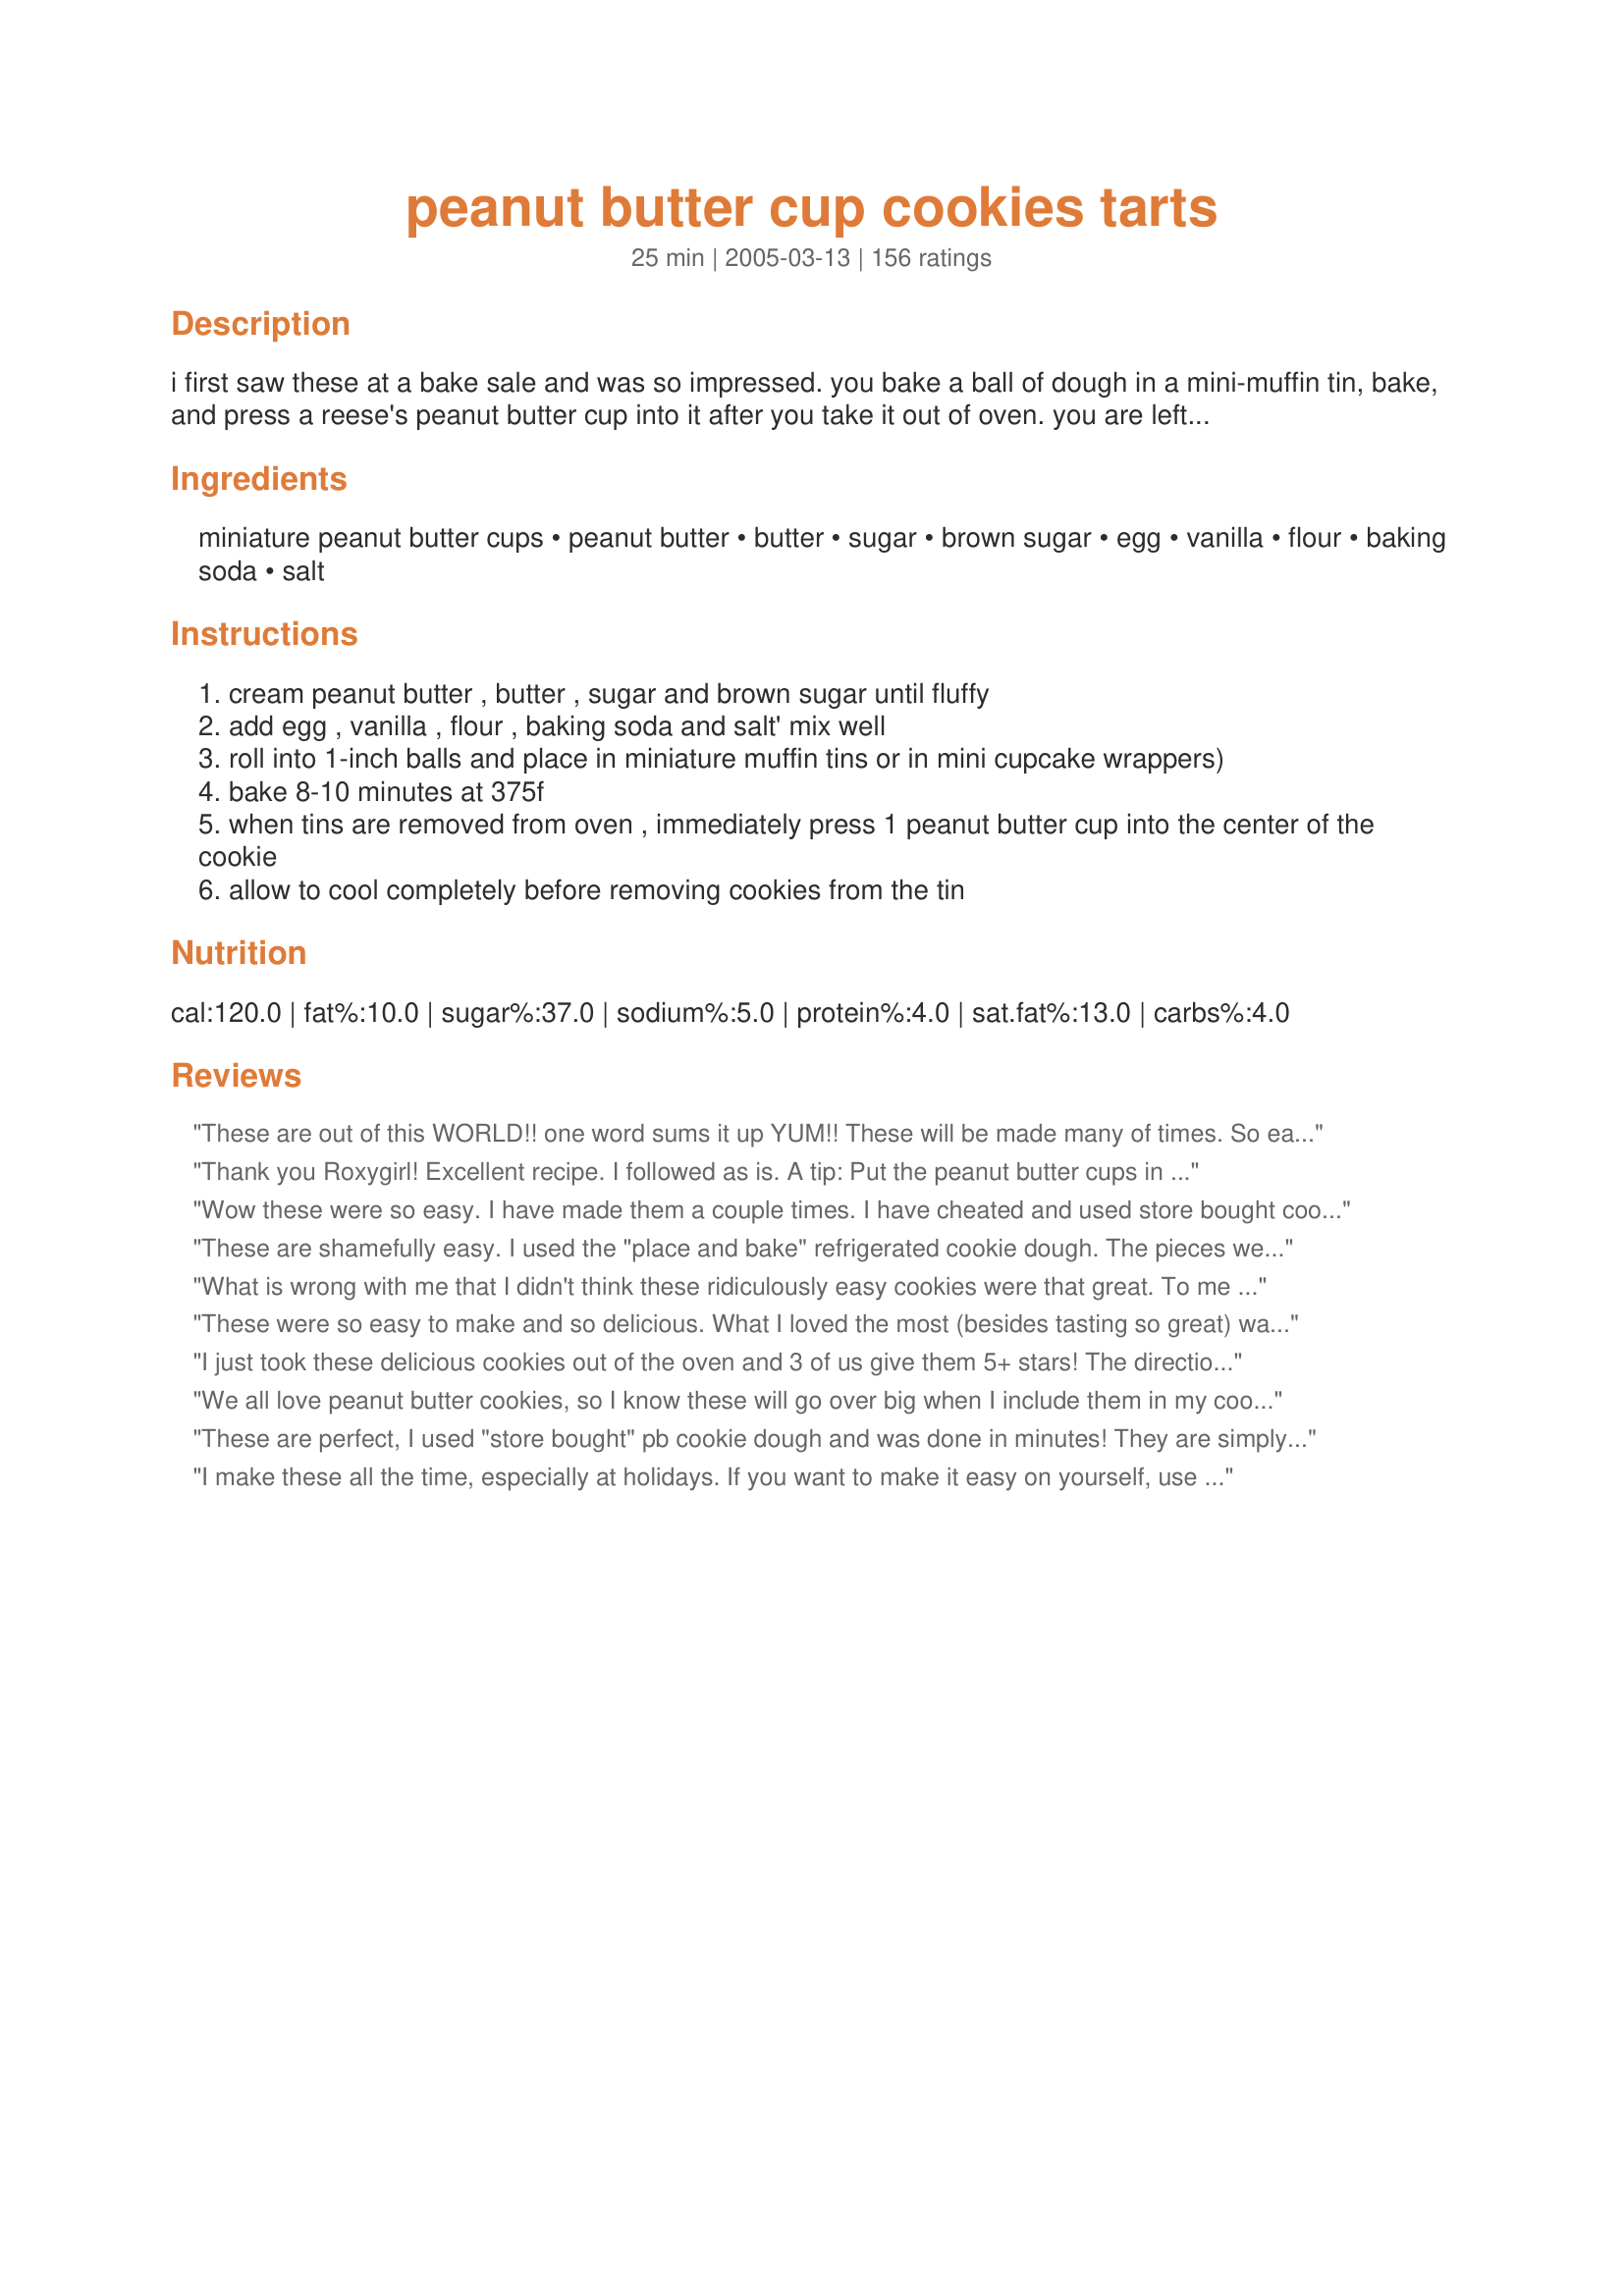
peanut butter cup cookies tarts
Preparation time: 25 minutes

i first saw these at a bake sale and was so impressed. you bake a ball of dough in a mini-muffin tin, bake, and press a reese's peanut butter cup into it after you take it out of oven. you are left with a picture-perfect tart, receiving "oohs and aahs" and "how did you do it?" you could even use the refrigerated sugar/peanut butter cookie dough too.

Ingredients:
miniature peanut butter cups, peanut butter, butter, sugar, brown sugar, egg, vanilla, flour, baking soda, salt

Steps:
cream peanut butter , butter , sugar and brown sugar until fluffy
add egg , vanilla , flour , baking soda and salt' mix well
roll into 1-inch balls and place in miniature muffin tins or in mini cupcake wrappers)
bake 8-10 minutes at 375f
when tins are removed from oven , immediately press 1 peanut butter cup into the center of the cookie
allow to cool completely before removing cookies from the tin

Reviews:
These are out of this WORLD!! one word sums it up YUM!! These will be made many of times. So easy to make and so DELICIOUS!! Thanks so much for sharing the recipe Roxygirl :)
Thank you Roxygirl! Excellent recipe. I followed as is. A tip: Put the peanut butter cups in the freezer about 1 hour before dropping them into the baked cookie dough. They will hold their shape perfectly.
Wow these were so easy. I have made them a couple times. I have cheated and used store bought cookie dough and it works great too.
These are shamefully easy. I used the "place and bake" refrigerated cookie dough. The pieces went straight from the package into the muffin tin--no rolling into balls or anything! And one package of dough exactly filled my 24 cup mini-muffin pan. I think it took longer for the oven to heat up than it did for anything else. This is a great recipe for those times when you need to make a LOT of cookies. They are extremely fast and easy!
What is wrong with me that I didn't think these ridiculously easy cookies were that great. To me they just seemed like a waste of yummy peanut butter cups. I think I expected them to blend into the dough more, and be transformed from a piece of candy to a cookie. To me it was just a peanut butter cup surrounded with a little bit of cookie. I took a recommendation to use refrigerated cookie dough, so the preparation of these little sweets didn't take more than 15 minutes...and that's a plus. My kids didn't think they were all that great either, just tasting one each without the ohhhs and ahhhhs I had hoped for.

These were so easy to make and so delicious. What I loved the most (besides tasting so great) was how easy they were and how nicely they turned out. I did manage to get about 4 dozen out of this recipe, and one bag of reese's wasn't quite enough (if anyone is wondering how much to buy.) I will definitely be making these again and again.
I just took these delicious cookies out of the oven and 3 of us give them 5+ stars! The directions are easy to follow and the cookies smell, look and taste wonderful. I know I will make this often, thanks for sharing your amazing recipe.
We all love peanut butter cookies, so I know these will go over big when I include them in my cookie tins for the family this year. These are so simple to make and just plain delicious! I added in a peanut M&M into the centers of each one as soon as I took them out of the oven while the peanut buttercup was hot. They look so cute and ready to eat!
These are perfect, I used "store bought" pb cookie dough and was done in minutes! They are simply delicious! Thanks for the great recipe- it's definately a keeper.
I make these all the time, especially at holidays.

If you want to make it easy on yourself, use that small scoop and buy the Pillsbury bucket of dough at Sam's club! They come out AWESOME!

Everyone loves these cookies.
These couldn't be much faster or easier to make. I used my cookie scooper thingy so that all the balls would be the same size. My scoop is probably 1 1/2 inches instead of the 1 inch called for, so the recipe made 24 tarts for me. I did half with the mini p.b. cups and half with Dove milk choc. squares. I wish I had also bought some Hershey's caramel kisses, I think they would be great in this cookie. Will make these for holidays and pot lucks at work. Thanks for a great recipe, we all loved them.
We have a work meeting at 9am tomorrow so to make it fun, we all decided to have a bake-off. I just finished baking 2 dozen of these and obviously had to try one. I'm going to win this bake-off for sure. So cute and delicious. And SIMPLE!!!!!! Even from scratch, it was so quick and easy to make.
i don't know what else i could say about these wonderful little bites of heaven, but here i go. first of all, the dough was very easy to make,but as some of the other posters stated the dough was a little moist so i chilled it for about half an hour,and it worked just fine.i think i might have made the cookie dough balls just a little smaller than i was supposed to, because i ended up with half a dozen more tarts that what the recipe stated. the baking time was right on the money.if any one is interested a 9.2 ounce bag contains 34 mini reese's cups.this will be on my cookie trays for christmas.thank you for posting.
These brightened up our Easter holiday. I used mini paper liners, but stuck them in regular muffin tins while baking--worked just fine. Their delicate look fools adults to indulge as well--it's only one cute little tart....
These are great! My dough was a little crumbly -I added too much flour. They were still absolutely delicious! They are so cute when you pop them out of the tin. I love that these are so easy and still a little bit special. A+ for any peanut butter lovers out there.
My mother has been making these with her Christmas cookies for years - they are wonderful! This is a great recipe.
5 stars for how easy these are! They turned out awesome. I drizzled some melted chocolate on top just to "hide" the peanut butter cup. SUPER EASY!!!
I used to work in a bakery. I have made hundreds of these they are great. These are also nice on Holiday cookie trays also. They freezes well too, cover and use what you need. Simple to make.
I have baked these before with my mom's recipe. But for some reason with this recipe, the cookies baked perfect onthe top and pretty brown on the bottom. They were still good though. Thanks for sharing!
Thanks Roxygirl! These really tasted the bomb! Perfect for party's and I loved the flavoring in the cookie part. Fun to eat to!:)
Cricket*
These are so good, I make them all the time but what I do is buy a roll of pillsbury chocolate chip cookie dough, cut off enough to fit in the tin, bake that for 12 minutes and then put the peanut butter cup or sometimes a hershey kiss on top and wala done.. Great recipe..
:)
These were super easy and delicious! I used the refrigerated dough to cut down on time and followed all the directions! PERFECT!
These were tasty, but I had the hardest time with them. Tip: don't use natural peanut butter in these, or you will never get it right. The batter never gets to the point where you can roll it into balls, and they need about 15 minutes to cook through due to the additional oil in natural peanut butter. They also break apart when you try and remove them, and I ended up having to waste about 1/4 of them. I got at least 50 cookies out of the recipe. But, other than that, they were great. I will make these again using regular peanut butter. Thanks!!
Just when you thought there was nothing better than a peanut butter cup...surround it with a little cup of heaven! YUM! A double recipe made 100 tarts for me, and mine were done after cooking five minutes.
Were these ever fun to make. What a great idea, they look so cute on the plate. I found that the cookie part cooked in exactly 8 minutes, you dont want to over cook these tasty lil gems because they have to sit in the pan to cool. The cookie scoop idea worked great. I dont know who had more fun making these me or the kids! Thanks Roxy for another great recipe.
This is a definite 10 star cookie for me! I did it exactly like it said and they turned out great. I added reeses pieces on the top and they looked professional! I also use the dough for plain ol' peanut butter cookies. The cookies turned out great and stayed soft for days (not that they were around for very long).
What a fun recipe!
I made it as posted except for I did not add the salt because I did not have unsalted butter. They came out perfectly...they looked wonderful and got rave reviews! They look like they take a lot of work but the hardest part really is unwrapping all the candies and not eating some as you do it! The cookie dough alone is really good too. I had some dough left over on my second batch when I ran out of candies and I just made regular peanut butter cookies with it and they tasted good too! I got 36 out of each batch. Great recipe! Thanks Roxy!
These are great and add me to the list of cheaters who use a ready made cookie mix. (You just prepare the cookies according to the instructions on the box.) These froze very well for me over the holiday season as well.
I use this recipe for our Relay for Life fundraiser and it is a big hit. I do like to put the pan in the freezer to cool them so they set up and pop right out.
OMG, Girl, these things have got to be the most addictive cookies known to man! I can't believe how easy they are ... I followed your directions and got the prettiest little doodads you ever saw! And, what a yummie taste! Simply delicious! Thanks, Roxy, this winner is definitely worth a ton of *'s! Laudee
SO SO YUMMY!!! I used to work in a bakery. We made this at Christmas time. Always had customers wondering how we did it. We also made them chocolate cookie dough and peppermint patties. We would break peppermint star candies and add to top of cookie to decorate. Nice little surprises addded to the cookie tray. Thank you so much for sharing.
These are sooo wonderful but I didn't get 4 dozen - maybe I rolled them too big? After mixing the dough I chilled it for about an hour which made it a little less sticky when rolling into balls. My muffin tins are non-stick so I didn't need paper liners. These will go quickly at our bake sale. Thanks Roxygirl!!
I tippled the recipe and made for a bake sale and they were the first to go. They just look so cute, not to mention the taste. After baking the first tray in the oven, I realized I had forgotten the egg, they still turned out good and I just added it to the remaining dough. So a very forgiving recipe too!
Simply perfect, first thing to go on a cookie tray. Easy impressive cookie. Will make again.
Couldn't resist after seeing the picture today. I used refrigerated dough. Delish!!!!!!!!!!!!!!
These were snached off my Christmas dessert table by everyone there! The kids and adults went for these big time! I will be making again, and I may use the already prepared peanut butter cookies in place of the homemade cookie dough if I am in a hurry. We loved these!
There is no question in my mind why these little babies got 5 stars! They were so simple to make and absolutely divine. I baked the first batch for 10 minutes because they looked really gooey at 9, but then after they sat in the pan to cool, they were a tad over-baked for me. My second batch only went for 8 minutes, and that was plenty for my liking. These were so great right out of the pan...I think I'm going to go eat one now!
This was really fun to make with kids. We even mixed it up with hershey kisses and rolos as well as the peanut butter cups, they were great! thanks for the recipe.
Very good,soft cookie-tart.That is a unique way to make them.First time I made them ,they turned out beautiful.It only made 24 for me,but I had all ready eaten about 6 peanut butter cups anyway.Thanks Roxy-










Easy to make. Fun for the kids!
absolute hit! they are DEFINITELY a favorite and i have a feeling i will be making them for a looong time :)
I have eaten these at a meeting I attended and they were delicious. I made them when I got home and they were still great. Sooooo easy. After reading some of the reviews I have decided 350 is the best temp for them.
Delicious and cute, too! Once the kids found them at the church function, they were gone. I did short-cut once due to lack of time and used store bought sugar cookie dough. They were good, but I liked yours better. I plan to play with this recipe. Chocolate chip dough should be delicious! Thanks for this great recipe Roxygirl!
If you love peanut butte you will loooove this recipe! I made this for a bunch of girls at my jewelery party and they loved it and were asking for the recipe, very good. Thanks!
Everyone was right! These were fabulous, easy to make, and addicting. Thank you! I was a hit at the Christmas cookie exchange this year. 

Winston Salem, NC
Made these for my cookie trays this year. So easy and delicious! Ann
Perfect!
These are WONDERFUL! I will Be making these again! My kids could'nt keep their fingers off of them!
These are so simple and so cute. I know a funny thing to say but they are,. Taste great and look wonderful on a cookie tray. Thanks for sharing.
I cheated, used brownie mix. Baked in mini paper lined tins. My husband flipped~~~ he never likes anything chocolate but loved these. Will be making them again!!!!!!
mmmm, so yummy and so cute. I actually used a mix for the peanut butter cookies cause that's what I had. They turned out SOOOO pretty too. Thank you so much these will definitely be made again at my house!
Outstanding treats. Super easy to make and don't take any time at all. My boyfriend is going to absolutely love these for Christmas! Thank you sooo much!
I haven't actually tried the finished product as yet, since I made them for Bible Study this coming Wednesday, but I did try the dough and it was yummy! I got exactly 3 dozen out of this. For most of the cookies, I used Planters peanut butter cups (which are better than Reeses if you can believe it!), they are a bit bigger than the Reese ones, but this still worked out and they look great! I can't wait to try them! Thanks for a great, and easy recipe!
Extra easy and tasty! A favourite and a keeper.
I love making these during the holidays. And to make them more festive I roll them in red or green sugar crystals before baking. These are simple and delicious!
These delicious little gems are oh so fabulous! Very easy to make and we all couldn't stop eating them. This one is a real keeper in my recipe file. Just doesn't get any better than this!
Possibly the only way to describe theese is HEAVEN ON EARTH!! I can't stop eating them! soooo good with a cold glass of milk! I will be sure to put some of them out for Santa this year (if there are any left.)
I've made these several times now and everyone loves them. Thanks so much for sharing the recipe.
Wow, what a fun cookie. DS needed two dozen cookies to take to his football practice and I chose your recipe. These didn't last long, they were the first cookie to be gone out of probably 20 different types. I love how easy they are to make and they are too cute. thank youf or sharing with us.
I went out and bought a mini muffin pan just to make these and I was not disappointed!! They are so good and I had to hide them from my DH just to get him to stay out of them while they were cooling! They are incredibly simple, but look and taste wonderful! Thank you for sharing my fellow "Lucy fan!" We'll be enjoying these often! ~Vitameatavegamin Girl =)
I tried it and these are phenomenal!!! It's an excellent recipe in that I forgot to add the salt and it still turned out great. I did add salt to the remaining dough and even more delicious. I had one right out of the oven (couldn't resist) and it was gooey and oh so tasty. I let them cool per the directions and delicious. I had one this morning for breafkast and heaven. I bought reese's cups and dove milk chocolate almond miniature bars. Really the possibilities are endless! Thanks so much posting.
Well, I have to tell you these little gems were a HUGE HIT at my niece's senior college music recital. We had over 125 students, parents and guests that devoured these lovely, delicious, easy to make cookie tarts! I will definately be making these again. One girl commented, "These are the best cookies I have ever eaten! I think that says it all :) Thanks so much for sharing this quick, delicious cookie tart for my recipe collection Roxy!

Linda
My first batch still got semi-burned at eight minutes bake time (the tops looked great it was the sides in the muffin pan that got over baked). Anyway, I adjusted the temp which worked out. I took the pieces that didn't look too bad to work and they got gobbled up in minutes. I Thank you for sharing. Still learning! I just wanted to tell you that I think I found my problem. I was watching the Elton Brown Good Eats show the other week and he was talking about baking pans. He made a comment that the color of the pans will affect the baking time ... the pans I used are a dark gray ... absorbs the heat faster ... thus my over baked cookies. Ran out of reeses ... substituted by pressing about 6 semi-sweet choco chips in each :D
absolutely the easiest impressive little tart in the world. Even my friends who don't like peanut butter love these. Also excellent with mini Rolos. Great recipe. Thanks
Oh, my!!! YUMMY!!! I didn't have peanut butter cups, so I just stuck some chocolate chips and peanut butter chips in the middle. Super good! I made them for our Halloween Carnival bake sale! My recipe made exactly 3 dozen and cooked for 8 minutes.
HO-LY COW. These are going in my XMas cookie tins this year for sure. I can't keep these out of my face! 
At the cookie place in our mall, they sell the "normal" size peanut butter cup version of these for nearly $4.00 a piece!
Thank you so much for this one.
These were such a huge hit!! The hardest part about this recipe is waiting till they've cooled down to get them out of the pan so you can eat them!
I make these every Christmas... I cheat and use the roll of Peanut Butter Cookie dough that seems to only be available around the holidays... people can't get enough of these. I actually bought additional mini muffin tins just to make these treats!!! They are awesome!!!
I've been meaning to try this recipe for a long time but had it in my head that they would be too time- consuming & finicky - NOT SO! So, so easy & so delicious!! I made them to take to a housewarming party & they were gobbled up first! I didn't even bother rolling into balls - I just dropped by teaspoon into the muffin tins & they formed beautifully into tart shells. I also used the really mini Reese's pb cups that are already unwrapped so that saved time. I managed to get 4 dozen cookies out of this recipe & there were more than enough pb cups in one bag.
I didn't have time to make my own dough so I bought refrigerated sugar cookie dough. These are absolutely wonderful...part candy, part cookie. I finely chopped some pecans and sprinkled them on top of the peanut butter cups. I had to bring 7 dozen to a cookie exchange and they were the hit of the party. Thanks Roxy girl. These are fabulous and soooo easy.
Youve got a winner here! My co-workers went crazy over these, as well as my children.
I love this recipe! I have made these many times but instead of digging out the recipe I usually use, I printed up this one. I made it just as posted and it's very easy. Thanks for posting!
This looked great on my xmas cookie tray and they tasted awesome (just like peanut blossoms which always gave me issues). Quick and easy recipe will make again!! Thanx Roxygirl
Oh yum! These are a constantly requested cookie now. I can't make them too often--I'm helpless against their power! Thanks for the recipe!
Great recipe- I've made it a few times now, and I wanted to jazz up the look a little. So, I added orange and yellow reese's pieces. I also crushed those pieces into a dust and sprinked them on top. See the picture- it came out beautifully.
In the process of making these right now. One batch finished, two to go. I didnt have muffin papers so I decided just to spray the pan a little, well I would suggest using the papers, I will next time for sure. A bit time consuming trying to carefully pull them from the pan without breaking them. Had to put them in the freezer to harden them up enough so they wouldnt break.
Quick, easy and delicious. Made exactly 36 cookies. I have to bake mine for 10 minutes though. 8 minutes was too little.
Would love to tell you how they tasted, but I put them out, turned away for a minute and when I turned back they were gone.
Lazy me made these with refrigerated cookie dougn but the next time I am going use the whole recipe. I brought them to a pool party and they were the first dessert to go. Thanks Roxygirl!
Yuummmmy!!! Everyone enjoyed these and they are so easy to make. Recipe is right on target, no changes needed. Thank you for posting a delicious treat!!
 I made these using the peanut butter cookie dough that is premade in the roll, and they turned out great! I overbaked them slightly but when the chocolate melted and cooled it made the cookies a lot softer. the idea is great and I may try them next with Hersheys kisses or even Rolos. thanks!
These are AWSOME! I can't begin to say enough about them. We will be making these cookies A LOT in this family. Oh so good!! Thank you for these.
Wow, Roxygirl, this is a real winner. I'd give it more than 5 stars if I could. Easy to make, quick to bake, fun and delicious to eat! Great presentation, too. I used non-stick mini muffin pans that I sprayed lightly with cooking spray, and they came out easily.
Sooooo Good!!
We loved this recipe. Easy to make and delicious.
YUM! My two favorite things - PB and chocolate! The tarts are tasty and easy to make. My first tray got a little overdone, but I adjusted the time for the next batch and they are perfect!
So easy and yummy! I'll definitely make these again.
There is a reason this recipie has so many comments! These are wonderful!!!
Great recipe...so easy and they look so professional...a nice addition to my xmas cookie platter
OMG, YUMM! For time sake, I used Betty Crocker Peanut Butter Cookie Mix and baked at 350 for 10 minutes. PERFECT!
These are my absolute favorite cookies! I made them using pre-made peanut butter cookie dough. Plain peanut butter cookies will never be good enough now that I've had these!
You can tell how easy these are by all the reviews. Only 5 stars, I need more stars, this one is worth it. I use Nestles' refrigerated mini choc, chip cookie dough. Baked them for about 9 minutes. Hardest thing about this recipe is unwrapping the Reese cups, but them again you can eat some along the way. Two thumbs up.
Oh my! No wonder this recipe has 81 reviews. FABULOUS and easy to make. These were the most popular dessert at a recent party and I am sure I will make them again and again! I did have to put mine in the refrigerator for a bit to get them transportable as the peanut butter cup wanted to stay melted. But 10 minutes in the fridge and they were good to go!
yum..very tasty and easy to make.
These are so much fun to make with kids. They are sinfully rich and if you like peanut butter, these are for you. My friends love these. A great treat!
These were melt in my mouth delicious!! So easy to make! My new favourite recipe !!
So easy to make, and taste so delicious--who could ask for more? Thanks, Roxygirl, for a keeper of a recipe! BTW, I love a recipe that makes me look good, even as I assure people it was no trouble at all! I'll be making these again first chance I get!
These are nice looking cookies. I doubled the batch so I could give some away. 
One thing I must mention, I thought the little cups would form when I took them out of the oven, but I soon realized that it will retain the ball shape, and it will work if you just press the chocolate down into it.
Marvelous! I could not have wished fo r a better 'tart' recipe. My reccomendation is to follow the 1-inch ball instruction closely. I made mine too big when I did the first batch and they were far too poofy. Thanks, Roxygirl! You rock!
These were so easy to make and delicious! I had problems getting them out of the pan though. I tried Pam-ing them and everything but they were still sticking. That won't keep me from making them again and again though! Thanks for a great recipe!
Delicious and sooo very easy to make. I did use the refrigerated peanut butter cookie dought with white chocolate mini cups. YUMMY!
Made for Holiday Lighting in Cooking Photos.
these are going to be a family fave thank you for our addition to our christmas cookie tray and allyear round treat
These could not be more simple and tasty. These can be made in such a short amout of time that I didn't even feel like I was making a bunch of cookies. I only got 22 out of the recipe though and probably because I rolled them bigger than they needed to be but it was all good. We enjoyed these a lot and I will make them again.
What can I say more except OMG!! I had to lick my fingers to write this review. The Best!
Loved them. Only wish I had another mini-muffin tin to do them all at once.
Made this cookie recipe for my Christmas Tray this year and will definitly make again. It is easy with a nice presentation with Christmas Mini Muffin Tins! Thanks for this recipe Roxygirl!
I made these as a thank you for a friend and she loved them. Then I served them at a party we had a few weeks a go and they were a huge hit!! SO easy because I used refrigerated cookie dough, took about 10 min and they look so cute!! Thanks again!
Oh wow. The only change I made was baking them at 350 instead of 375, so they were softer, but other than that I followed this recipe as is and they were amazing. I took them to church on Sunday and they disappeared! People were still talking about them at Wednesday night services. So easy, and definitely a keeper. Thanks for the great recipe!
OH MY GOSH! My 9 year old son loves to help with these. He rolls the dough into balls and I hold the pan still for him while he places the candy into the cooked dough. I think we'll try this with Rollos too. Thanks.
Its all been said but another time, these are a wow!! So very easy to make and what a wonderful little treat. I added these to a dainty tray which I took to a wedding shower. That row on the tray was empty. Yes it was said,"how did they do this" Oohs and Aahs all around the room. A new found treat, thank-you so very much.
These cookies are soooo yummy! I've made them before following the recipe on the back of Reece's Christmas Peanut Butter Cups. They are my husbands favorite as well as his crew at work! They request that I make these often! Thanks for the hint on the refrigerated cookie dough! Will be trying that out soon!
yum!!!these were delicious!!instead of a peanut butter cup, i put semisweet chocolate chips in the middle of each one...so good!
WOW!! These were amazing! I did a double batch of these and everything turned out perfect. Big hit at the office and home! Thanks Roxygirl for the great recipe!
I thought these were wonderful! A friend of mine tops a similar recipe with a single red or green M&M at Christmas time (and appropriately colored M&Ms for other holidays). So I tried that too. It gives a very pretty finish to these little gems. They''ll be in my Christmas gifts. Thanks for these, Roxygirl. My "friend" would never give me her recipe so I was delighted to find these!
These were great and very popular with my friends. I'll be making them again.
This is the first cookie recipe that I have ever gotten the actual yield out of. In fact, I got 42! Cutest little things ever and mmmmmm...
These are awesome!! I had never heard of making them in muffin tins like this. They turn out so cute and absolutely delicious. These are a keeper in my cookie file for sure!
I just made these and they are sooooo delicious and look good too. I made them in unlined large muffin tins, i just sprayed the tins and made the balls a little larger. I cooked for about 10-12 min because of the size and they turned out perfect! My kids are gonna love em....if they get home before i eat them all!! Great recipe, thanks!
I loved this recipe! This may start a new tradition with the grandkids (have to wait to Christmas eve to see). A very simple, but impressive cookie to make (my dough was chilled-I made it ahead of time). I will be making this one for a long, long time! Made for Let's Party!-Dec'09.
Perfect and Yummy. You need to wait until they cool completely (which was hard ) to tak them out. Everyone loved them
These are the cutest and the best! I couldn't find the mini peanut butter cups, so I used chocolate rosettes, and we all loved them. The kids kept asking more, more,...
Perfect texture, easy to make, delicous taste, and impressive presentation...what more could anyone want? These were a hit at Christmas. I made them twice and they were devoured both times. Thanks for posting such a simple and delicious treat!
After my friend Rollin' sent me a picture of these fresh out of the oven with a creamy peanut butter center I knew I had to try this recipe! This is so easy and very delicious.
My husband loves these cookies! We even use the dough just to make plain pbutter cookies (just chill it first) - yum!
delicious and great finger food treat for parties and kids! yummy
Good heavens...these are great! I made these for the 2006 Zaar Christmas Cookie Swap, and kept just a few for us to sample. And I can't keep up with the demand for them here. A second batch just got done and is being devoured as I type this. My DH and DSS love them, and I admit I find them pretty tasty as well! The hardest part of this recipe is unwrapping peanut butter cups. :-)
I've been making these for quite some time! I usually use refrigerated choc chip cookie dough! So easy and so good! And very addictive!
perfect for a ladies tea or a preschool playground. I love it.
A huge thumbs up on these Roxy! I got exactly 36 wonderful and tasty tarts...followed the directions to a T. These are very quick and easy to make and lots of fun to eat. My husband and daughter have wiped out half the batch already. Thanks for sharing this recipe :)
Yummy! Very easy to make and quick! I was able to put all 3 tins in the oven at once, saving a lot of time! Definitely a "Got Milk?" cookie.
Delicious little bites. I made these for presents and they were the first to go. Thanks Roxy!
I totally cheated cause I got a good deal on cookie dough, but wow so simple yet everyone raved...I cooked mine at 350 too and next time I'm using choc chip dough and rolo's!!!
Awesome cookies, everyone at my work loved these cookies. For sure a keeper not only at christmas time but anytime!
20 +++++++++++ stars!!! I can't say enought about this recipe, simple and delicious! I have given this recipe to so many people. I use 1 Tbs of dough for the peanut butter cups and I made slightly smaller (1/2 Tbs) tarts which I filled with Rolos, my DH likes those the best! Thank you
Absolutely delicious! These are SO rich- but SO good! I baked these for a couple of my guy friends and they loved them! They are extremely sweet so you can't eat too many- but are so worth it!
What I wonderful easy idea, and I read that you saw these at a bake sale, and thought wonderful, just what I needed. So I started off with 4 batches! They are easy and delicious. The hard part was unwrapping the peanut butter cups, I can handle that! Thanx for posting.
My 12 year old daughter is learning to bake and she made these the other night. They were easy to make and the rest of the family devoured them. Thanks for the recipe.
These are wonderful. My husband likes them, my friends like them, and my students gobbled them up. These are winners, and I will makw them this year for Christmas treats.
These cookies are very easy and very delicious. They are my favorite dessert to make. :O)
Have been making these for years.I make mine a little smaller and get 48 cookies.
These are easy.taste great..look wonderful on the dessert tray......and last of all my daughter loves them. Thanks
Great idea for family sweets this year for Christmas. I made and froze to put in baggies for all the kiddies in the family!
I can&#039;t actually rate this right now because I haven&#039;t tried it. However a thought that has come to my mind would be to return them to the oven after adding pb cup, just until top of cup melts down a little to seal it, so to speak. Sounds delish!! Will make soon. Thanks for sharing &#039;Roxygirl in Colorado&#039;. :-)
I love and hate these. They are so good. Why do you do this to me??? My family wants them all the time and they stick to my hips and thighs. Thanks for the best peanut butter recipe ever.
This was a great addition to my cookie platter. It was incredibly easy and so darn good! I don't think you could go wrong with this one. I was a little surprised that I had to bake the cookies for the full 10 minutes, I often find that most things are done in my oven on the low end of the time line.
What can I say! True to your word, these were perfect "tarts". Even when I told people at my cookie exchange how easy they were they couldn't believe it. And they taste great too! Thanks Roxygirl
These were the bomb!!!!! I love peanut butter and added extra to the mix; my family and youth from my church enjoyed them last night.
These were easy, delicious, and attractive! I found that the dough was too moist to roll into balls. Thus, I placed soft dough on plastic wrap and rolled it into a long roll and refrigerated it overnight. Then I cut the roll into 9 pieces, cutting each of the smaller pieces into fourths and got 36 pieces which easily rolled into the 36 required balls. I placed each ball into a mini-cheesecake pan section and baked exactly 10 minutes. Otherwise I followed the recipe exactly! 

I will definitely be making these again as everyone loved them. Thanks for a recipe that turned out perfectly! 

WOW!!My kids loved these!!I can't believe how easy they were to make. I'll will be making them quite abit in the future. Note: I put these in the freeze to chill due to the fact I don't like melted chocolate. They were GREAT this way. Thanks Roxygirl for the recipe.
Dangerous stuff! I made these for my Christmas cookie trays but I'm not sure if they'll make it to the trays. I may have to make another batch.
They not only are rich and sinful, but really cute.
Thanks Roxygirl for posting this recipe. A wonderful addition to my cookbook of cookies.
Easy to make and quick as well.
I made these last night as a treat for my co workers. Very easy to make, I had all the ingredietns on hand. I used my pampered chef small cookie scoop and didn't roll them, just but them in the liner. I had to bake for the whole 10 minutes. I also had a bit of left over milk chocolate frosting and I thought, what the heck and put a ring of the frosting around each one. This was great because my 4 year old first counted out the 42 (I got 42) reeces and with my close supervision, helped me push them into the dough. Thank you so much for a great recipe and fun times with my son.
This recipe was super easy and the cookies came out tasting great, had some trouble getting them out of the pan without breaking, though, but I think that I might have cooked them too long. Will be making this again! :)
I love this recipe! I used the already made peanut butter cookie dough and it was so easy! My son who loves peanut butter cups thought these were great. I will definitely make these again.
My daughter made these for Thanksgiving when she was about 13 yrs old. She is now 21 and still makes them every year as her signature dish for the holiday. I was so happy to see it posted here on the Zaar. This is a wonderful classic dessert that is great for gatherings. :)
Very good, and kids really like these, very peanut buttery! I'll make them again. thank yoy!
